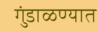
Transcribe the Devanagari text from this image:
गुंडाळण्यात